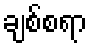
ချစ်စရာ